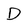
Character: D